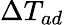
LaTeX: \Delta T_{ad}